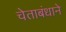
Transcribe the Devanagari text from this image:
चेताबंधाने